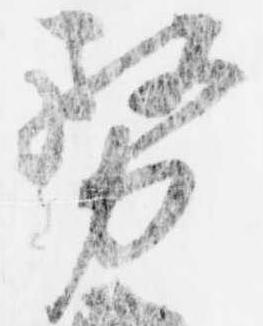
務